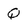
Character: Q